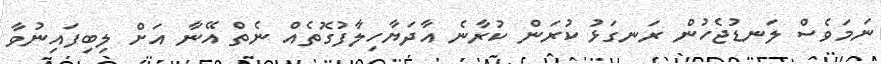
ނަމަވެސް ލަނޑުޖެހުން ރަނގަޅު ކުރަން ކުރާނެ އާދަޔާހިލާފުގޮތެއް ނެތް އޭނާ އަށް ލިބިފައިނުވާ